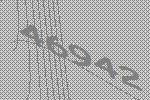
46942